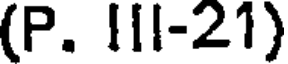
(P. III-21)